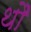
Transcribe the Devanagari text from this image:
थौ